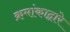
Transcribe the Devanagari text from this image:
क्रमांकाद्वारे